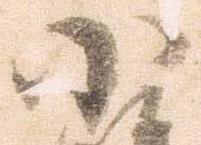
小